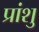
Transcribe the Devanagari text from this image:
प्रांशु